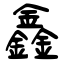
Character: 鑫